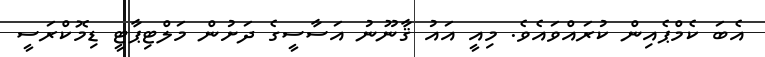
އެބަ ކެމްޕެއިން ކުރައްވައެވެ. މިއީ އައު ޤާނޫނު އަސާސީގެ ދަށުން މަލްޓިޕާޓީ ޑިމޮކްރަސީ